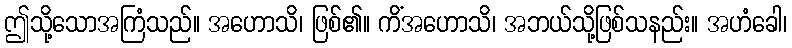
ဤသို့သောအကြံသည်။ အဟောသိ၊ ဖြစ်၏။ ကိံအဟောသိ၊ အဘယ်သို့ဖြစ်သနည်း။ အဟံခေါ၊